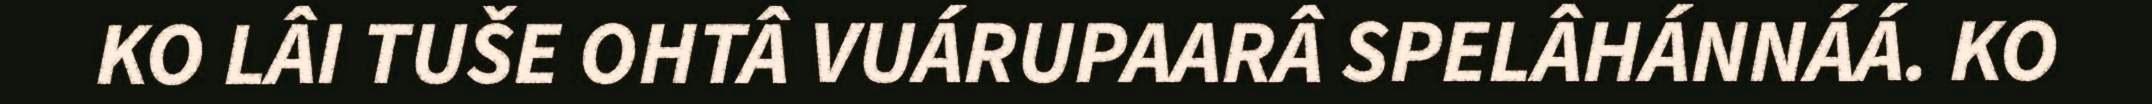
KO LÂI TUŠE OHTÂ VUÁRUPAARÂ SPELÂHÁNNÁÁ. KO